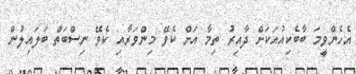
އެހެންވީމަ ބާބެކިއުއަކަށް ދާއިރު ތިމާ އަށް ކެވޭ މިންވަރާއި ކެވޭ ނިސްބަތް ބަލައިލުން